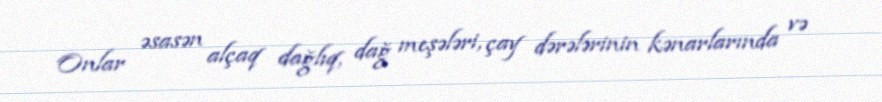
Onlar əsasən alçaq dağlıq, dağ meşələri, çay dərələrinin kənarlarında və